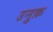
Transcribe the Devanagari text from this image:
उनुक़